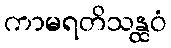
ကာမရတိသန္ထဝံ